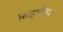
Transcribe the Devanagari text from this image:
फ़हमीदा